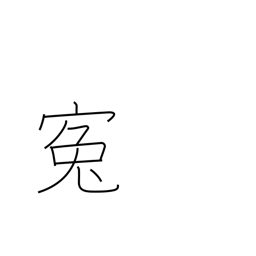
Meaning: grievance